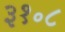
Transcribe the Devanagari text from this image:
३१॰८